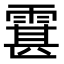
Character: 䨢